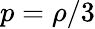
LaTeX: p=\rho/3